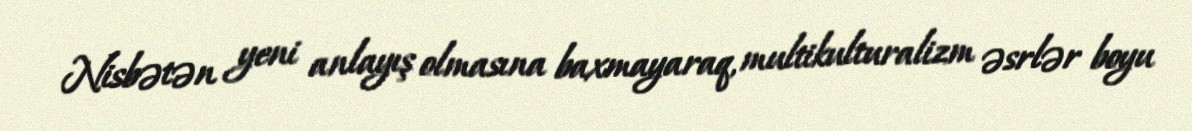
Nisbətən yeni anlayış olmasına baxmayaraq, multikulturalizm əsrlər boyu